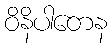
ဝိနိပါတေန